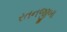
રતનજીબા